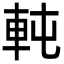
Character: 軘